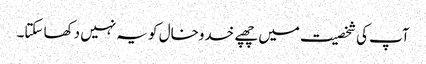
آپ کی شخصیت میں چھپے خدوخال کو یہ نہیں دکھا سکتا۔